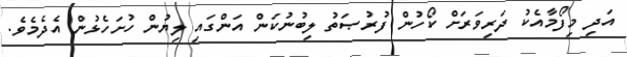
އަދި މިފޯމާއެކު ދަރިވަރަށް ކޯހުން ފުރުޞަތު ލިބުނުކަން އަންގައި ލިޔުން ހުށަހެޅުން އެދެމެވެ.